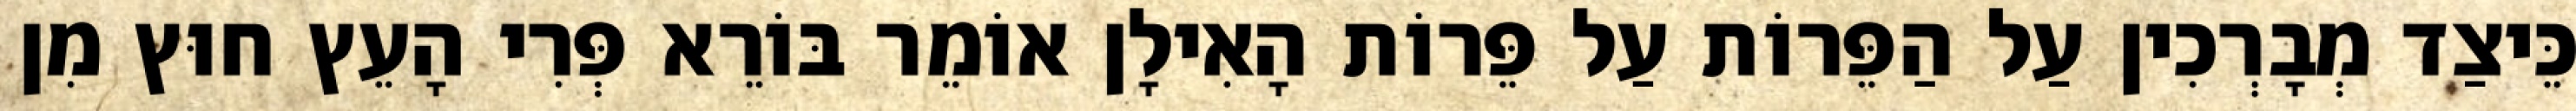
כֵּיצַד מְבָרְכִין עַל הַפֵּרוֹת עַל פֵּרוֹת הָאִילָן אוֹמֵר בּוֹרֵא פְּרִי הָעֵץ חוּץ מִן